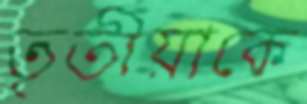
তৃতীয়াকে